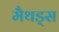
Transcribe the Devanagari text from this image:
मैथड्स